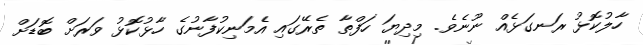
ހާލުކޮޅު ރަނގަޅެއް ނޫނެވެ. މިދިޔަ ހަފްތާ ތެރޭގައި އެމަނިކުފާނުގެ ހާޅުކޮޅު ވަރަށް ބޮޑަށް